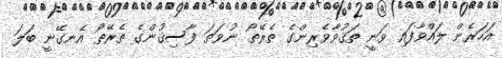
އަހަރެން ލައްވާފައި ވަނީ ތަޤުވާވެރިންގެ ތެރޭތޯ ނުވަތަ ފާސިޤުންގެ ތެރޭތޯ އެނގޭނީ ބަލަ